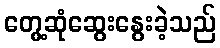
တွေ့ဆုံဆွေးနွေးခဲ့သည်